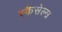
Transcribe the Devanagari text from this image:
स्कैसेल्स